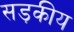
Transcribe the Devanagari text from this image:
सड़कीय